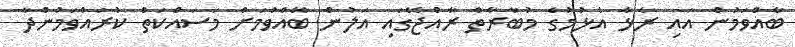
ބާއްވަމުން އައި ރާޅާ އެޅުމުގެ މުބާރާތް ރާއްޖޭގައި އަލުން ބޭއްވުމަށް މަސައްކަތް ކުރައްވަމުންދާ